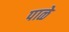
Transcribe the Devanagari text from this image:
पाळे